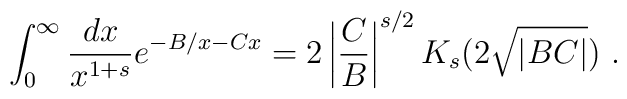
\int_0^{\infty} \frac{dx}{x^{1+s}} e^{-B/x-Cx}=2 \left|\frac{C}{B }\right|^{s/2} K_{s}(2\sqrt{|BC|}) \ .